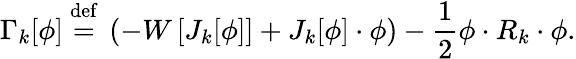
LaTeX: \Gamma_{k}[\phi]\ {\stackrel{\mathrm{def}}{=}}\ \left(-W\left[J_{k}[\phi]\right]+J_{k}[\phi]\cdot\phi\right)-{\frac{1}{2}}\phi\cdot R_{k}\cdot\phi.